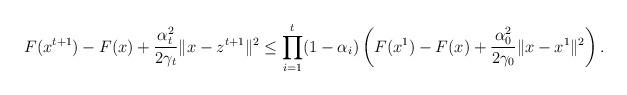
LaTeX: \begin{align*}F(x^{t+1})-F(x)+\frac{\alpha_t^2}{2\gamma_t}\|x-z^{t+1}\|^2\leq\prod_{i=1}^t(1-\alpha_i)\left(F(x^1)-F(x)+\frac{\alpha^2_{0}}{2\gamma_{0}}\|x-x^1\|^2\right).\end{align*}